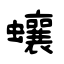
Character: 蠰